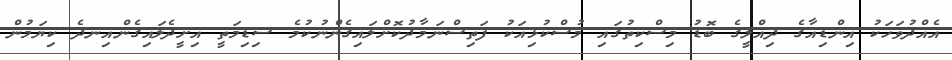
އެއްދުވަހަކު އިންޑިއާގެ ދިއްލީގެ ބޮޑު މިސްކިތުގައި މުސްކުޅިއަކު ފަތިސްނަމާދުކޮށްލައިގެންނުކުމެ ސިޑިމަތީ އިށީދެލައިގެންއިނދެ ކިޔަމުން